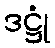
ဒဋ္ဌုံ